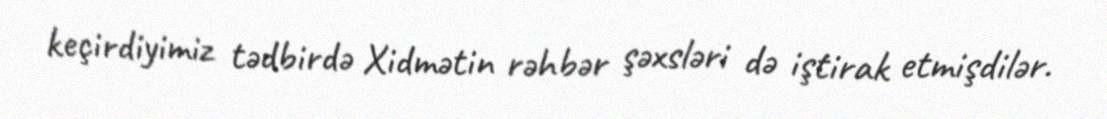
keçirdiyimiz tədbirdə Xidmətin rəhbər şəxsləri də iştirak etmişdilər.